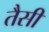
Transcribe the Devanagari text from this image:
तैसीं